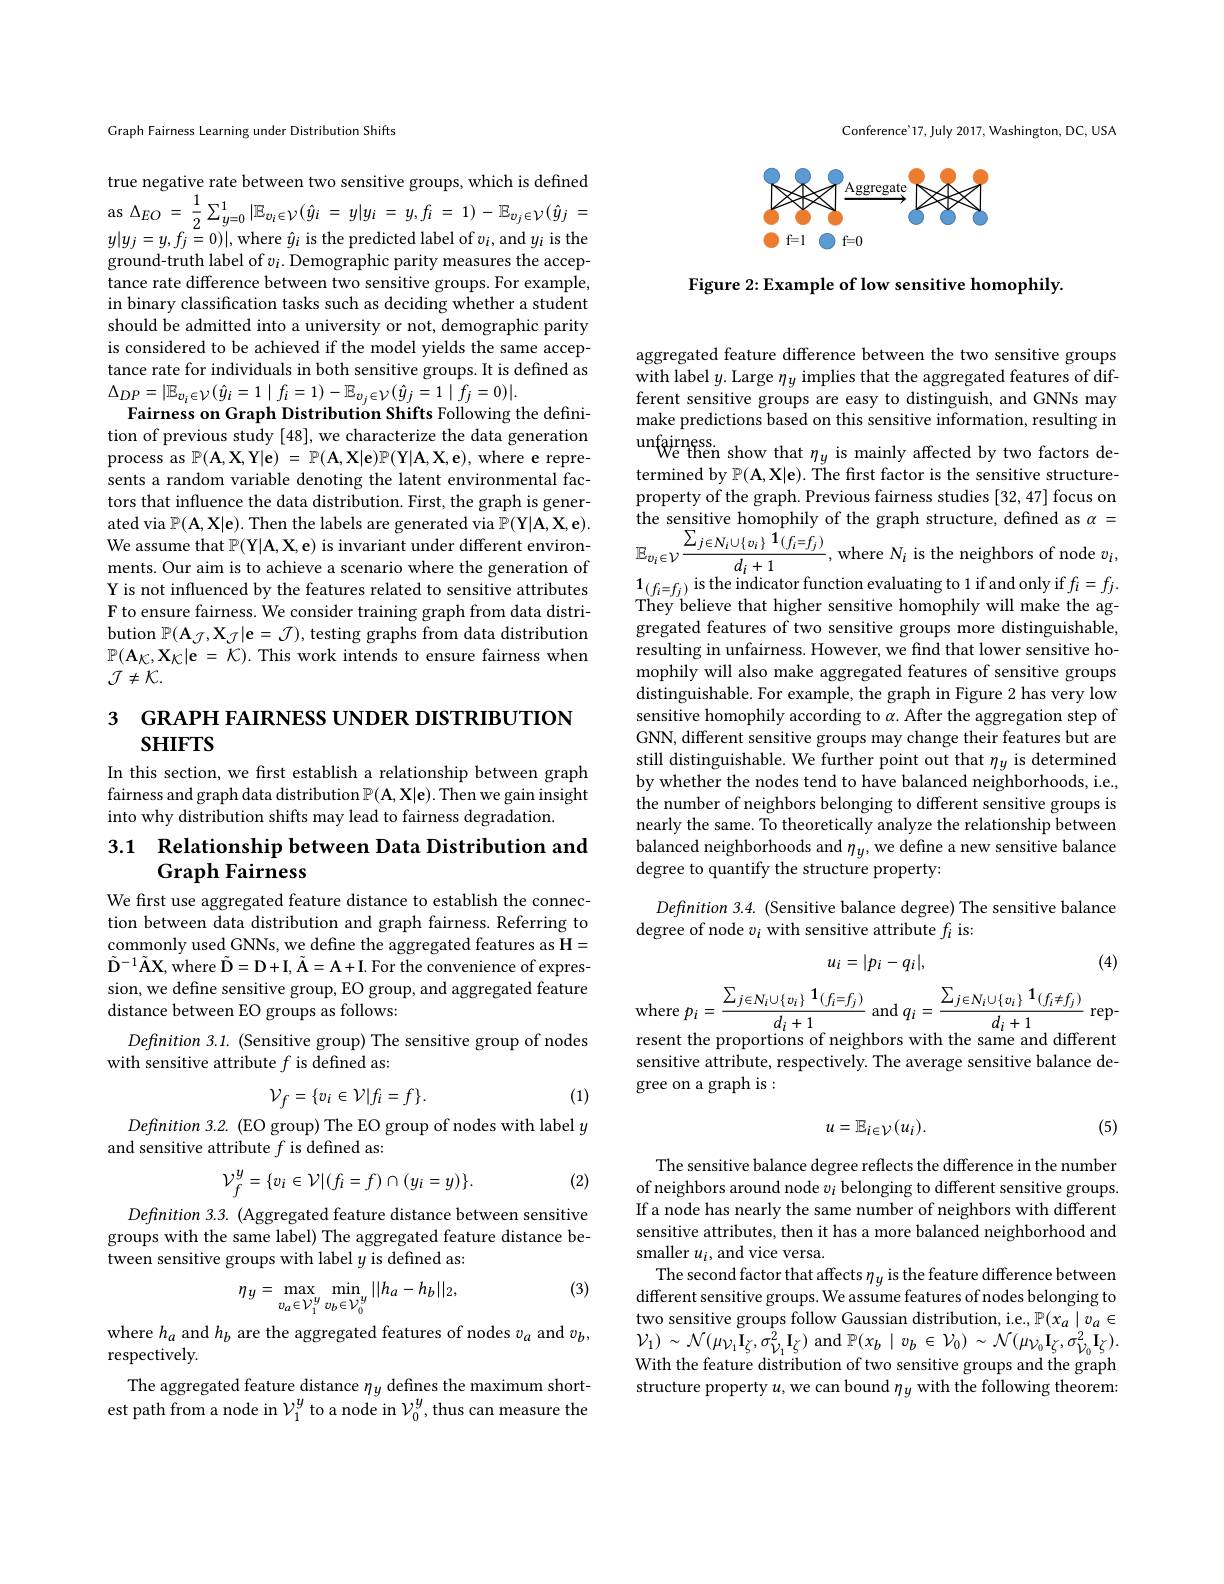
Conference'17, July 2017, Washington, DC, USA

<FigureHere>

Figure 2: Example of low sensitive homophily

Graph Fairness Learning under Distribution Shifts

true negative rate between two sensitive groups, which is defined as$\Delta _{EO}= \frac 12\sum _{y= 0}^{1}| \mathbb{E} _{v_{i}\in \mathcal{V} }( \hat{y} _{i}$ = $y| y_{i}$ = $y, f_{i}$ = $1) - \mathbb{E} _{v_{j}\in \mathcal{V} }( \hat{y} _{j}$ = $y|y_{j}=y,f_{j}\stackrel{2}{=}0)|$,where $\hat{y}_{i}$ is the predicted label of $v_{i}$,and $y_{i}$ is the ground-truth label of $v_i.$ Demographic parity measures the acceptance rate difference between two sensitive groups. For example, in binary classification tasks such as deciding whether a student should be admitted into a university or not, demographic parity is considered to be achieved if the model yields the same acceptance rate for individuals in both sensitive groups. It is defined as $\Delta_{DP}=|\mathbb{E}_{v_{i}\in\mathcal{V}}(\hat{y}_{i}=1\mid f_{i}=1)-\mathbb{E}_{v_{j}\in\mathcal{V}}(\hat{y}_{j}=1\mid f_{j}=0)|.$
Fairness on Graph Distribution Shifts Following the definition of previous study [48], we characterize the data generation process as $\mathbb{P} ( \mathbf{A} , \mathbf{X} , \mathbf{Y} | \mathbf{e} )$ = $\mathbb{P} ( \mathbf{A} , \mathbf{X} | \mathbf{e} ) \mathbb{P} ( \mathbf{Y} | \mathbf{A} , \mathbf{X} , \mathbf{e} ) $, where e represents a random variable denoting the latent environmental factors that influence the data distribution. First, the graph is generated via $\mathbb{P}(\mathbf{A},\mathbf{X}|\mathbf{e}).$ Then the labels are generated via $\mathbb{P}(\mathbf{Y}|\mathbf{A},\mathbf{X},\mathbf{e}).$ We assume that $\mathbb{P}($Y$|\mathbf{A},\mathbf{X},\mathbf{e})$ is invariant under different environments. Our aim is to achieve a scenario where the generation of Y is not influenced by the features related to sensitive attributes F to ensure fairness. We consider training graph from data distribution $\mathbb{P}(\mathbf{A}_{\mathcal{J}},\mathbf{X}_{\mathcal{J}}|\mathbf{e}=\mathcal{J})$, testing graphs from data distribution $\mathbb{P} ( \mathbf{A} _{\mathcal{K} }, \mathbf{X} _{\mathcal{K} }| \mathbf{e}$ = $\bar{\mathcal{K} } ) .$ This work intends to ensure fairness when $\mathcal{J}\neq\mathcal{K}.$

## 3 $\textbf{GRAPH FAIRNESS UNDER DISTRIBUTION}$ SHIFTS

In this section, we first establish a relationship between graph fairness and graph data distribution $\mathbb{P}(\mathbf{A},\mathbf{X}|\mathbf{e}).$ Then we gain insight into why distribution shifts may lead to fairness degradation.

## 3.1 Relationship between Data Distribution and Graph Fairness

We first use aggregated feature distance to establish the connection between data distribution and graph fairness. Referring to commonly used GNNs, we define the aggregated features as H= $\tilde{\mathrm{D} } ^{- 1}\tilde{\mathrm{A} } \mathbf{X} $,where $\tilde{\mathrm{D} } = \mathbf{D} + \mathbf{I} , \tilde{\mathbf{A} } = \mathbf{A} + \mathbf{I} .$For the convenience of expression, we define sensitive group, EO group, and aggregated feature distance between EO groups as follows:

$Defnition~3.1.~($Sensitive group) The sensitive group of nodes
with sensitive attribute $f$ is defined as:

(1)
$$\mathcal{V}_{f}=\{v_{i}\in\mathcal{V}|f_{i}=f\}.$$
$Definition~3.2.~(EO~group)~The~EO~group~of~nodes~with~label~y$
and sensitive attribute $f$ is defined as:
$$\mathcal{V}_{f}^{y}=\{v_{i}\in\mathcal{V}|(f_{i}=f)\cap(y_{i}=y)\}.$$
(2)

$Definition~3.3.~($Aggregated feature distance between sensitive groups with the same label) The aggregated feature distance between sensitive groups with label $y$ is defined as:

(3)
$$\eta_{y}=\max_{v_{a}\in\mathcal{V}_{1}^{y}}\min_{v_{b}\in\mathcal{V}_{0}^{y}}||h_{a}-h_{b}||_{2},$$
where $h_a$ and $h_b$ are the aggregated features of nodes $v_a$ and $v_b$,
respectively.
The aggregated feature distance $\eta_y$ defines the maximum shortest path from a node in $\nu_1^y$ to a node in $\mathcal{V}_0^y$, thus can measure the

aggregated feature difference between the two sensitive groups with label $y.$ Large $\eta_y$ implies that the aggregated features of different sensitive groups are easy to distinguish, and GNNs may make predictions based on this sensitive information, resulting in unfairness show that $\eta_y$ is mainly affected by two factors determined by $\mathbb{P}(\mathbf{A},\mathbf{X}|\mathbf{e}).$ The first factor is the sensitive structureproperty of the graph. Previous fairness studies [32,47] focus on the sensitive homophily of the graph structure, defined as $\alpha=$ $\mathbb{E}_{v_{i}\in\mathcal{V}}\frac{\sum_{j\in N_{i}\cup\{v_{i}\}}\mathbf{1}(f_{i}=f_{j})}{d_{i}+1}$,where $N_{i}$ is the neighbors of node $v_{i}$, $\mathbf{1}_{(f_i=f_j)}$ is the indicator function evaluating to 1 if and only if $f_i=f_j.$ They believe that higher sensitive homophily will make the aggregated features of two sensitive groups more distinguishable, resulting in unfairness. However, we find that lower sensitive homophily will also make aggregated features of sensitive groups distinguishable. For example, the graph in Figure 2 has very low sensitive homophily according to $\alpha$. After the aggregation step of GNN, different sensitive groups may change their features but are still distinguishable. We further point out that $\eta_y$ is determined by whether the nodes tend to have balanced neighborhoods, i.e., the number of neighbors belonging to different sensitive groups is nearly the same. To theoretically analyze the relationship between balanced neighborhoods and $\eta_y$, we define a new sensitive balance degree to quantify the structure property:

## Definition 3.4. (Sensitive balance degree) The sensitive balance degree of node $v_i$ with sensitive attribute $f_i$ is:

(4)
$$u_i=|p_i-q_i|,$$
resent the proportions of neighbors with the same and different

sensitive attribute, respectively. The average sensitive balance de-
gree on a graph is :
$$u=\mathbb{E}_{i\in\mathcal{V}}(u_i).$$
(5)

The sensitive balance degree reflects the difference in the number of neighbors around node $v_i$ belonging to different sensitive groups. If a node has nearly the same number of neighbors with different sensitive attributes, then it has a more balanced neighborhood and smaller $u_i$, and vice versa.
The second factor that affects $\eta_{y}$ is the feature difference between different sensitive groups. We assume features of nodes belonging to two sensitive groups follow Gaussian distribution, i.e., $\mathbb{P}(x_a\mid v_a\in$ $\mathcal{V}_{1})\sim\mathcal{N}(\mu_{\mathcal{V}_{1}}\check{\mathbf{I}}_{\zeta},\sigma_{\mathcal{V}_{1}}^{2}\mathbf I_{\zeta})$ and $\mathbb{P}(x_{b}\mid v_{b}\in\mathcal{V}_{0})\sim\mathcal{N}(\mu_{\mathcal{V}_{0}}\mathbf I_{\zeta},\sigma_{\mathcal{V}_{0}}^{2}\mathbf I_{\zeta}).$ With the feature distribution of two sensitive groups and the graph structure property $u$, we can bound $\eta_{y}$ with the following theorem: